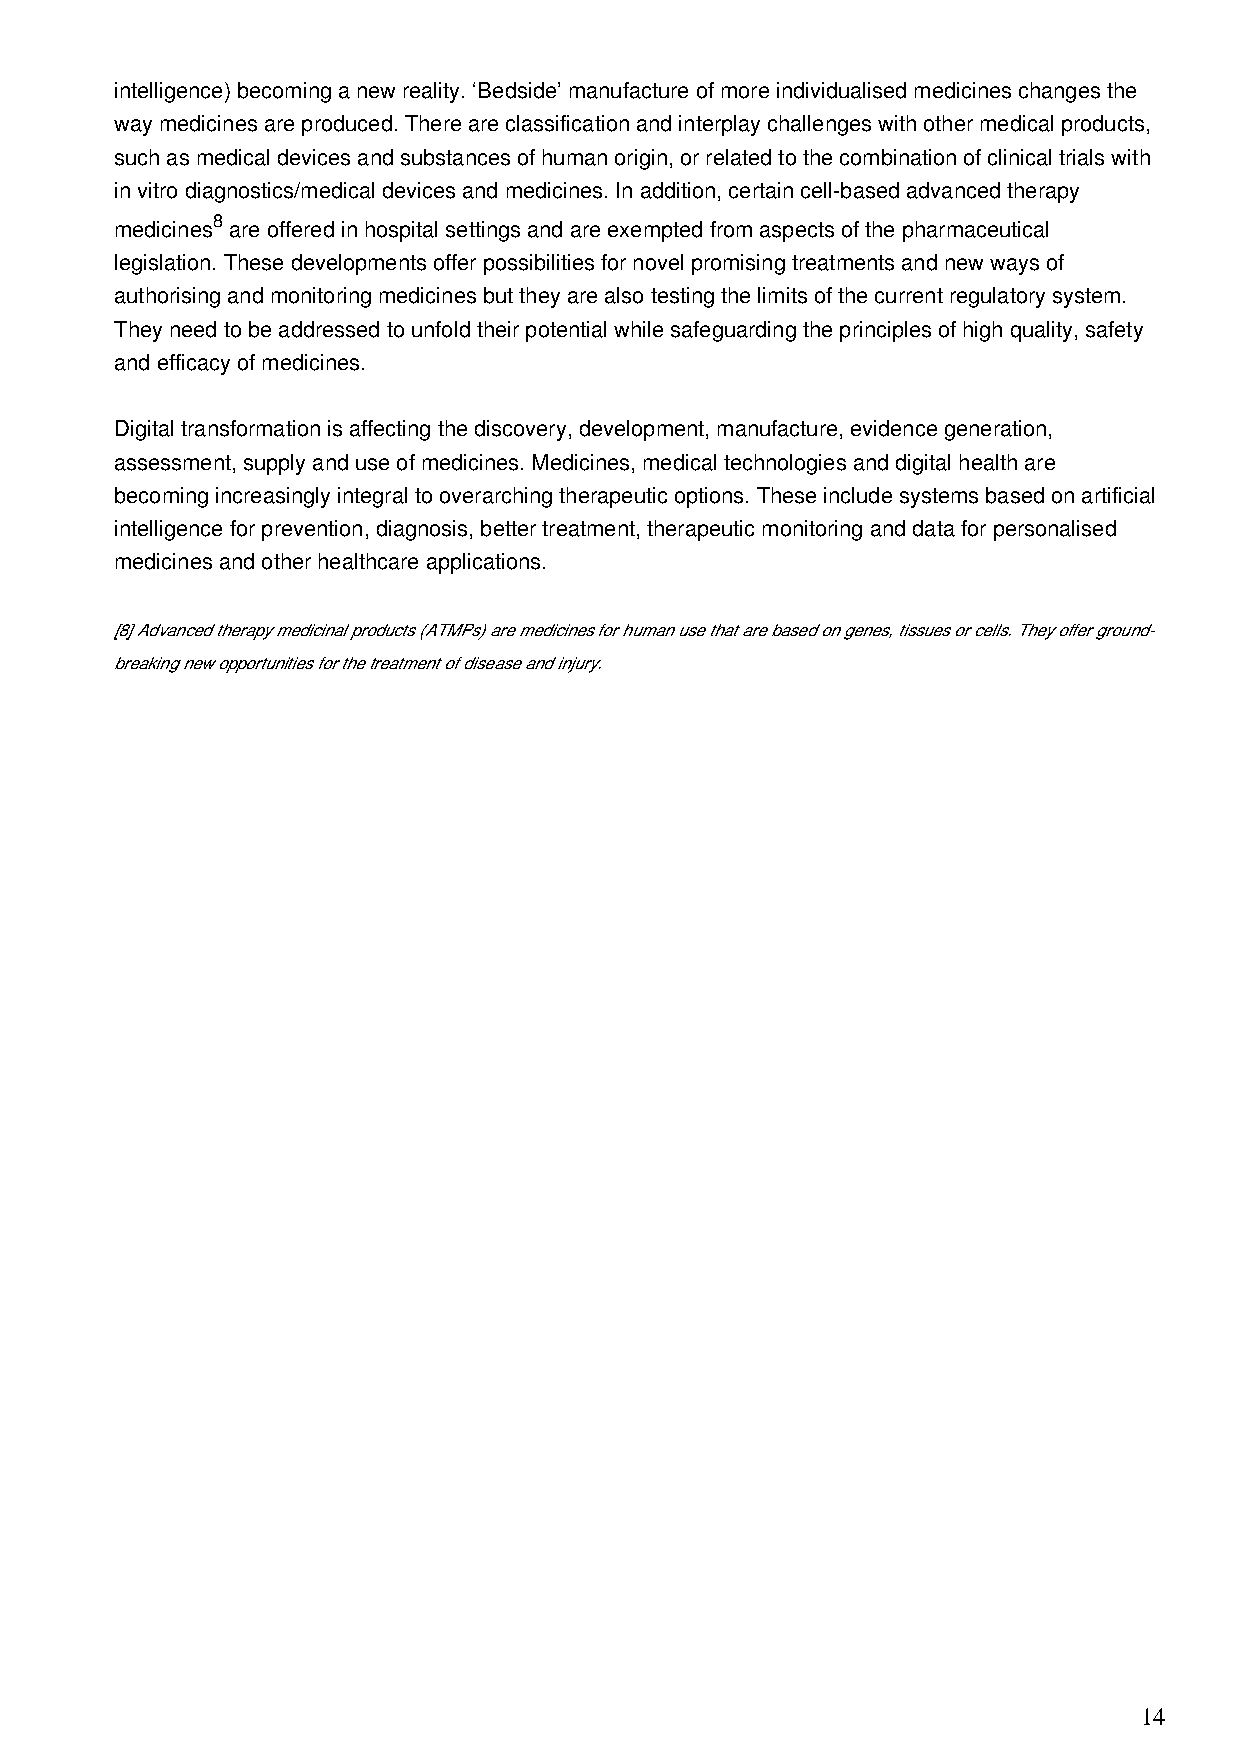
intelligence) becoming a new reality. ‘Bedside’ manufacture of more individualised medicines changes the
 way medicines are produced. There are classification and interplay challenges with other medical products,
 such as medical devices and substances of human origin, or related to the combination of clinical trials with
 in vitro diagnostics/medical devices and medicines. In addition, certain cell-based advanced therapy
 8
 medicines are offered in hospital settings and are exempted from aspects of the pharmaceutical
 legislation. These developments offer possibilities for novel promising treatments and new ways of
 authorising and monitoring medicines but they are also testing the limits of the current regulatory system.
 They need to be addressed to unfold their potential while safeguarding the principles of high quality, safety
 and efficacy of medicines.
 Digital transformation is affecting the discovery, development, manufacture, evidence generation,
 assessment, supply and use of medicines. Medicines, medical technologies and digital health are
 becoming increasingly integral to overarching therapeutic options. These include systems based on artificial
 intelligence for prevention, diagnosis, better treatment, therapeutic monitoring and data for personalised
 medicines and other healthcare applications.
 [8] Advanced therapy medicinal products (ATMPs) are medicines for human use that are based on genes, tissues or cells. They offer ground-
 breaking new opportunities for the treatment of disease and injury.
 14